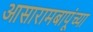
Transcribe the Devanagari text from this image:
आसारामबापूंच्या